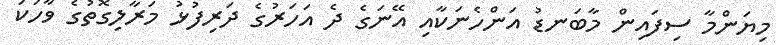
މިޔަންމާ ސިފައިން މާބަނޑު އަންހެނަކާއި އޭނަގެ ދެ އަހަރުގެ ދަރިފުޅު މަރާލިގޮތުގެ ވާހަކަ